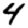
Digit: 4